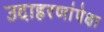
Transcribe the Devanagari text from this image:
उदाहरणांपेक्षा